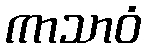
ကာသာဝံ